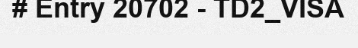
# Entry 20702 - TD2_VISA